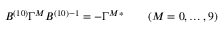
B ^ { ( 1 0 ) } \Gamma ^ { M } B ^ { ( 1 0 ) } { } ^ { - 1 } = - \Gamma ^ { M } { } ^ { * } \qquad ( M = 0 , \ldots , 9 )